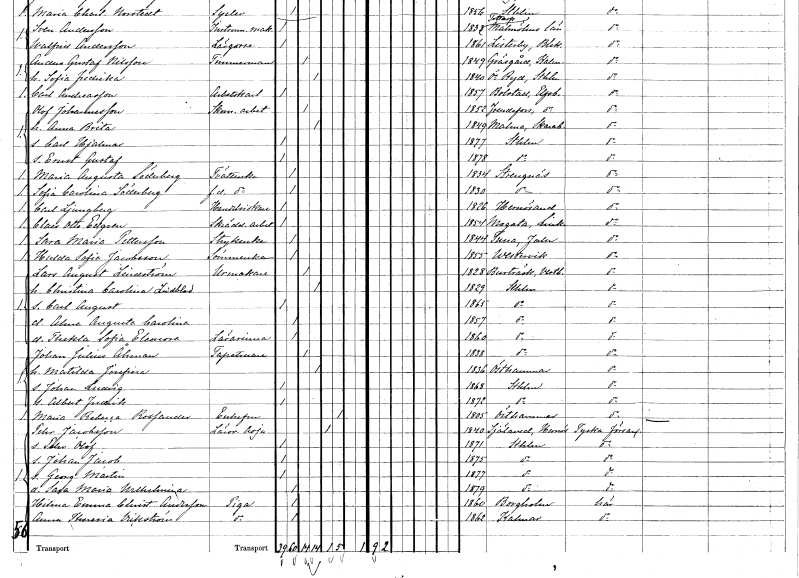
gt_parse: households: individuals: FN: Maria Augusta
EN: Söderberg
YRKE: Tvätterska
KON: K
CIV: O
FODAR: 1834
FODFORS: Strängnäs Södermanlands län
FN: Sofia Carolina
EN: Söderberg
YRKE: Tvätterska f.d.
KON: K
CIV: O
FODAR: 1830
FODFORS: Strängnäs Södermanlands län
FN: Carl
EN: Ljungberg
YRKE: Handelsidkare
KON: M
CIV: O
FODAR: 1826
FODFORS: Härnösand Västernorrlands län
FN: Claes Otto
EN: Edgren
YRKE: Skrädderiarbetare
KON: M
CIV: O
FODAR: 1854
FODFORS: Mogata Östergötlands län
FN: Sara Maria
EN: Pettersson
YRKE: Strykerska
KON: K
CIV: O
FODAR: 1844
FODFORS: Stora Tuna Kopparbergs län
FN: Hulda Sofia
EN: Jacobsson
YRKE: Sömmerska
KON: K
CIV: O
FODAR: 1855
FODFORS: Västervik Kalmar län
FN: Lars August
EN: Lindström
YRKE: Urmakare
KON: M
CIV: G
FODAR: 1828
FODFORS: Burträsk Västerbottens län
FN: Christina Carolina
EN: Lindblad
KON: K
CIV: G
FODAR: 1829
FODFORS: Stockholm
FN: Carl August
KON: M
CIV: O
FODAR: 1865
FODFORS: Stockholm
FN: Alma Augusta Carolina
KON: K
CIV: O
FODAR: 1857
FODFORS: Stockholm
FN: Thekla Sofia Eleonora
YRKE: Lärarinna
KON: K
CIV: O
FODAR: 1860
FODFORS: Stockholm
FN: Johan Julius
EN: Åhman
YRKE: Tapetserare
KON: M
CIV: G
FODAR: 1838
FODFORS: Stockholm
FN: Matilda Josefina
KON: K
CIV: G
FODAR: 1836
FODFORS: Östhammar Uppsala län
FN: Johan Ludvig
KON: M
CIV: O
FODAR: 1868
FODFORS: Stockholm
FN: Albert Fredrik
KON: M
CIV: O
FODAR: 1872
FODFORS: Stockholm
FN: Maria Rebecca
EN: Rossander
KON: K
CIV: E
FODAR: 1805
FODFORS: Östhammar Uppsala län
FN: Pehr
EN: Jacobsson
YRKE: Läroverksadjunkt
KON: M
CIV: E
FODAR: 1840
FODFORS: Själevad Västernorrlands län
FN: Pehr Olof
KON: M
CIV: O
FODAR: 1871
FODFORS: Stockholm
FN: Johan Jacob
KON: M
CIV: O
FODAR: 1875
FODFORS: Stockholm
FN: Georg Martin
KON: M
CIV: O
FODAR: 1877
FODFORS: Stockholm
FN: Sara Maria Wilhelmina
KON: K
CIV: O
FODAR: 1879
FODFORS: Stockholm
FN: Hilma Emma Christina
EN: Andersson
YRKE: Piga
KON: K
CIV: O
FODAR: 1860
FODFORS: Borgholm Kalmar län
FN: Anna Theresia
EN: Wikström
YRKE: Piga
KON: K
CIV: O
FODAR: 1862
FODFORS: Kalmar Kalmar län